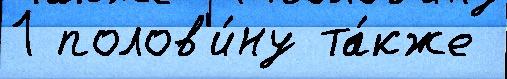
1 полов'и́ну та́кже